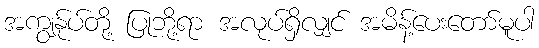
အကျွန်ုပ်တို့ ပြုဘို့ရာ အလုပ်ရှိလျှင် အမိန့်ပေးတော်မူပါ